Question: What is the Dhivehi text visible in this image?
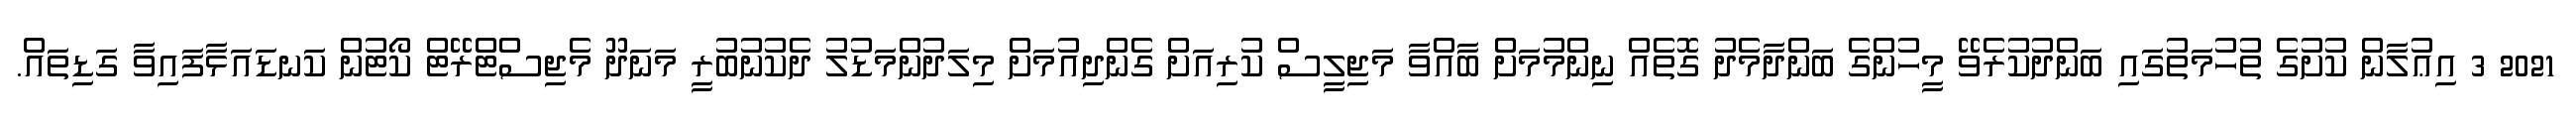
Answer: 2021 3 އިޢުލާން ކުށުގެ ތުހުމަތުގައި ބަންދުކުރެވޭ މީހުންގެ ބަންދާމެދު ގޮތެއް ނިންމުމަށް ބާއްވާ މަޖިލީސް ކުރިއަށް ގެންދިއުމަށް މިލަދުންމަޑުލު ދެކުނުބުރީ މަނަދޫ މެޖިސްޓްރޭޓް ކޯޓުން ކަނޑައަޅާފައިވާ ގަޑިތައް.